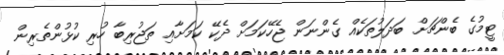
ޓީމުގެ ބެންޗަށް ބަދަލުތަކެއް ގެންނަން ޖެހޭކަމަށް ދެކޭ ކަމަށާއި ތަޖުރިބާ ހުރި ކުޅުންތެރިން